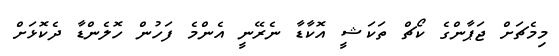
މިމެޗަށް ޖަޕާންގެ ކޯޗް ތަކަޝީ އޮކާޑާ ނެރޭނީ އެންމެ ފަހުން ހޮލެންޑާ ދެކޮޅަށް